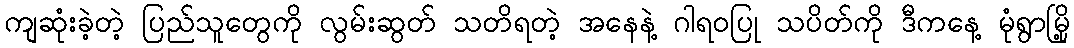
ကျဆုံးခဲ့တဲ့ ပြည်သူတွေကို လွမ်းဆွတ် သတိရတဲ့ အနေနဲ့ ဂါရဝပြု သပိတ်ကို ဒီကနေ့ မုံရွာမြို့